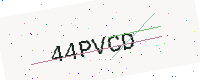
Text: 44PVCD